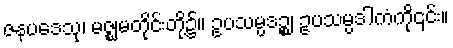
ဇနပဒေသု၊ မဇ္ဈမတိုင်းတို့၌။ ဥပသမ္ပဒဉ္စ၊ ဥပသမ္ပဒါကံကို၎င်း။